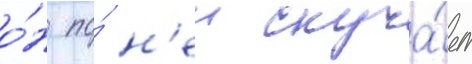
о́н по́ н'еи скуча́ет